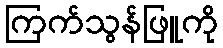
ကြက်သွန်ဖြူကို